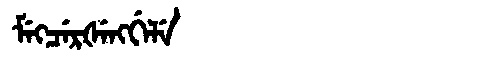
Manchu: ᠮᡝᡴᠴᡝᡵᡧᡝᠩᡤᡝᠯᡝ
Romanization: MEKCERŠENGGELE